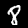
Digit: 8